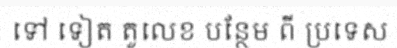
ទៅ ទៀត តួលេខ បន្ថែម ពី ប្រទេស